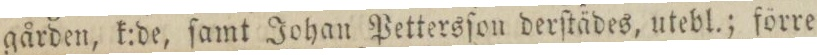
gården, k:de, ſamt Johan Pettersſon derſtädes, utebl.; förre